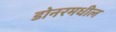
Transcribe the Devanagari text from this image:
डोनरमधील